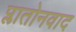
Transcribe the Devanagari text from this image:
प्लातोनवाद